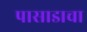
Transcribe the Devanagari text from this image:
पासाडाचा